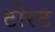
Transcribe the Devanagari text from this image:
टोरट